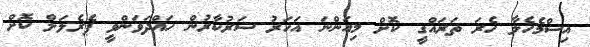
އިސްމެހެލާ ހެރަ ތަރައްގީ ކޮށް މިއަންނަ އަހަރު ސަރުކާރުން ހައްދަވަންވީ ޕެރެލަލް ކޮށް